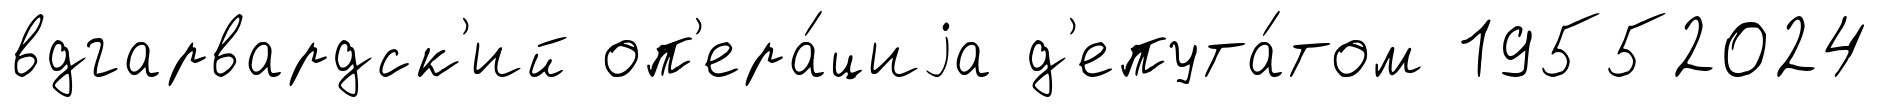
вдгарвардск'ий оп'ера́циjа д'епута́том 19552024